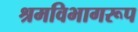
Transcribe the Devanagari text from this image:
श्रमविभागरूप